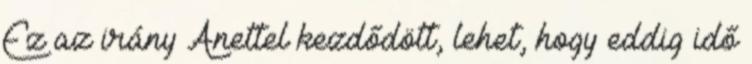
Ez az irány Anettel kezdődött, lehet, hogy eddig idő